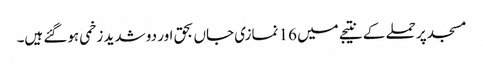
مسجد پر حملے کے نتیجے میں 16 نمازی جاں بحق اور دو شدید زخمی ہوگئے ہیں۔